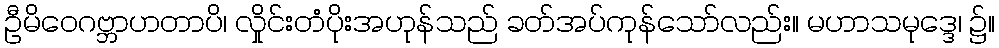
ဦမိဝေဂဗ္ဘာဟတာပိ၊ လှိုင်းတံပိုးအဟုန်သည် ခတ်အပ်ကုန်သော်လည်း။ မဟာသမုဒ္ဒေ၊ ၌။